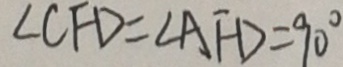
\angle C F D = \angle A F D = 9 0 ^ { \circ }